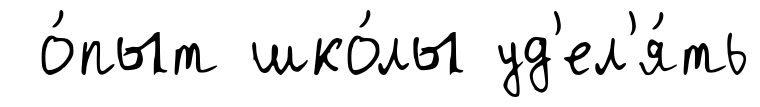
о́пыт шко́лы уд'ел'я́ть